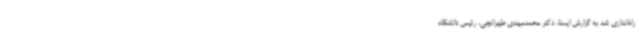
راه‌اندازی شد به گزارش ایسنا، دکتر محمدمهدی طهرانچی، رئیس دانشگاه